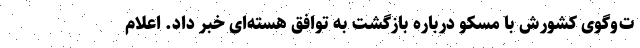
ت‌وگوی کشورش با مسکو درباره بازگشت به توافق هسته‌ای خبر داد. اعلام